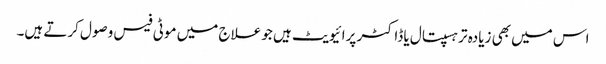
اس میں بھی زیادہ تر ہسپتال یا ڈاکٹر پرائیویٹ ہیں جو علاج میں موٹی فیس وصول کرتے ہیں۔